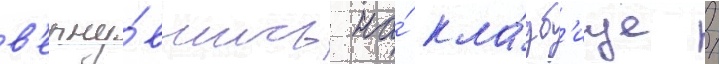
в'ерну́вшись на́ кла́дб'ище /